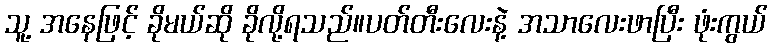
သူ့ အနေဖြင့် ခိုမယ်ဆို ခိုလို့ရသည်။ပတ်တီးလေးနဲ့ အသာလေးဖာပြီး ဖုံးကွယ်